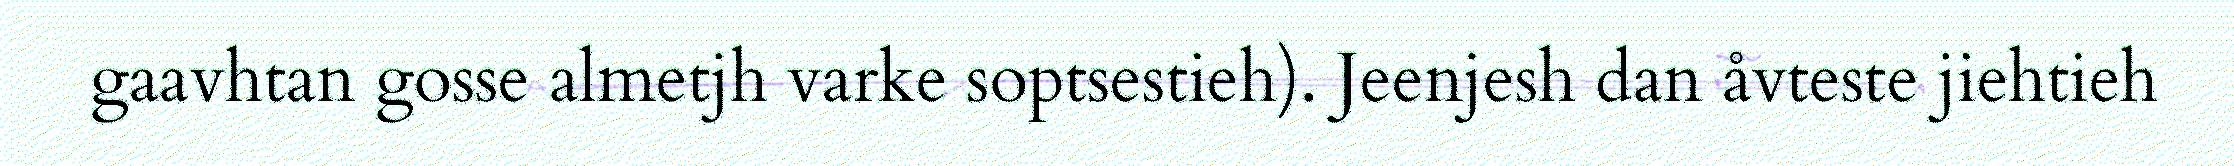
gaavhtan gosse almetjh varke soptsestieh). Jeenjesh dan åvteste jiehtieh